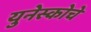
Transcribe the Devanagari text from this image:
युनेस्‍कोचे